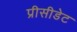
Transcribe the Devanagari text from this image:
प्रीसीडेट